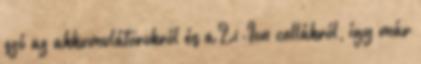
szó az akkumulátorokról és a Li-Ion cellákról, így már